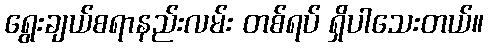
ရွေးချယ်စရာနည်းလမ်း တစ်ရပ် ရှိပါသေးတယ်။